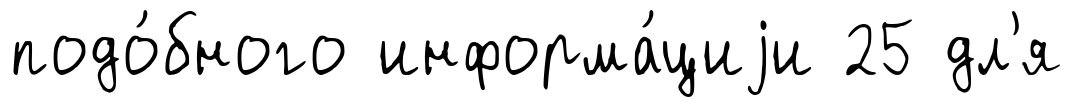
подо́бного информа́циjи 25 дл'я